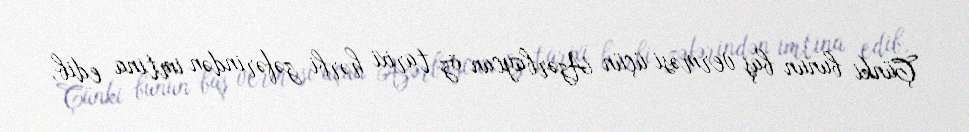
Çünki bunun baş verməsi üçün Azərbaycan öz tarixi hərbi zəfərindən imtina edib,